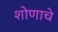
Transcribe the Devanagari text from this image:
शोणाचे